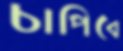
চাপিবে